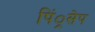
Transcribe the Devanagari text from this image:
पिं्रसेप